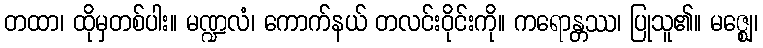
တထာ၊ ထိုမှတစ်ပါး။ မဏ္ဍလံ၊ ကောက်နယ် တလင်းဝိုင်းကို။ ကရောန္တဿ၊ ပြုသူ၏။ မဇ္ဈေ၊